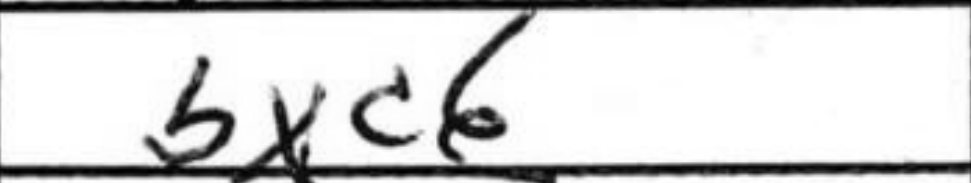
Transcription: bxc6